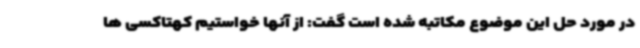
در مورد حل این موضوع مکاتبه شده است گفت: از آنها خواستیم کهتاکسی ها